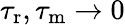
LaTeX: {\tau_{\mathrm{r}}},{\tau_{\mathrm{m}}}\to 0